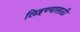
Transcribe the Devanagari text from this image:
लिइण्यासाठी